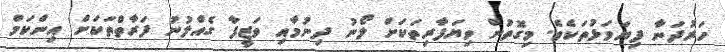
ހަރުދަނާ ފިޔަވަޅުތަކެވެ. މިގޮތުން ވިޔަފާރިތަކަށް ލޯނު ދިނުމާއި ވަޒީފާ ގެއްލުނު ފަރާތްތަކަށް އިންކަމް